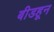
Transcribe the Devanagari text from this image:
बीडहून